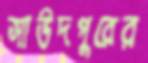
সাউদপুরের